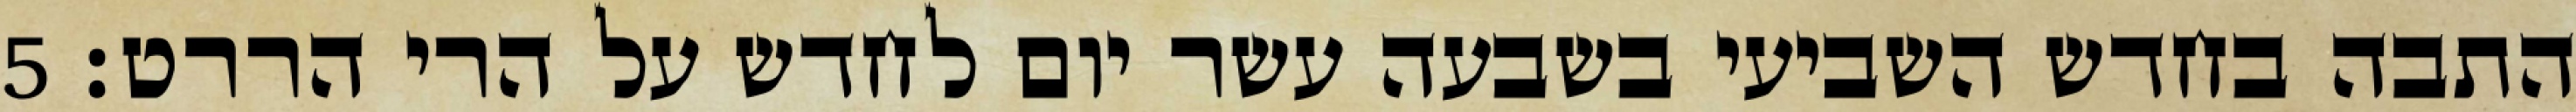
התבה בחדש השביעי בשבעה עשר יום לחדש על הרי הררט׃ ‎5‏